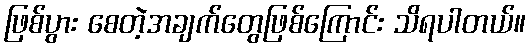
ဖြစ်ပွား စေတဲ့အချက်တွေဖြစ်ကြောင်း သိရပါတယ်။